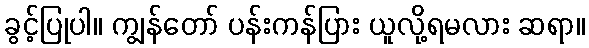
ခွင့်ပြုပါ။ ကျွန်တော် ပန်းကန်ပြား ယူလို့ရမလား ဆရာ။